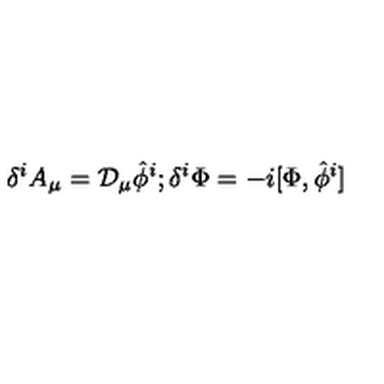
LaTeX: \delta ^ { i } A _ { \mu } = { \cal D } _ { \mu } \hat { \phi } ^ { i } ; \delta ^ { i } \Phi = - i [ \Phi , \hat { \phi } ^ { i } ]